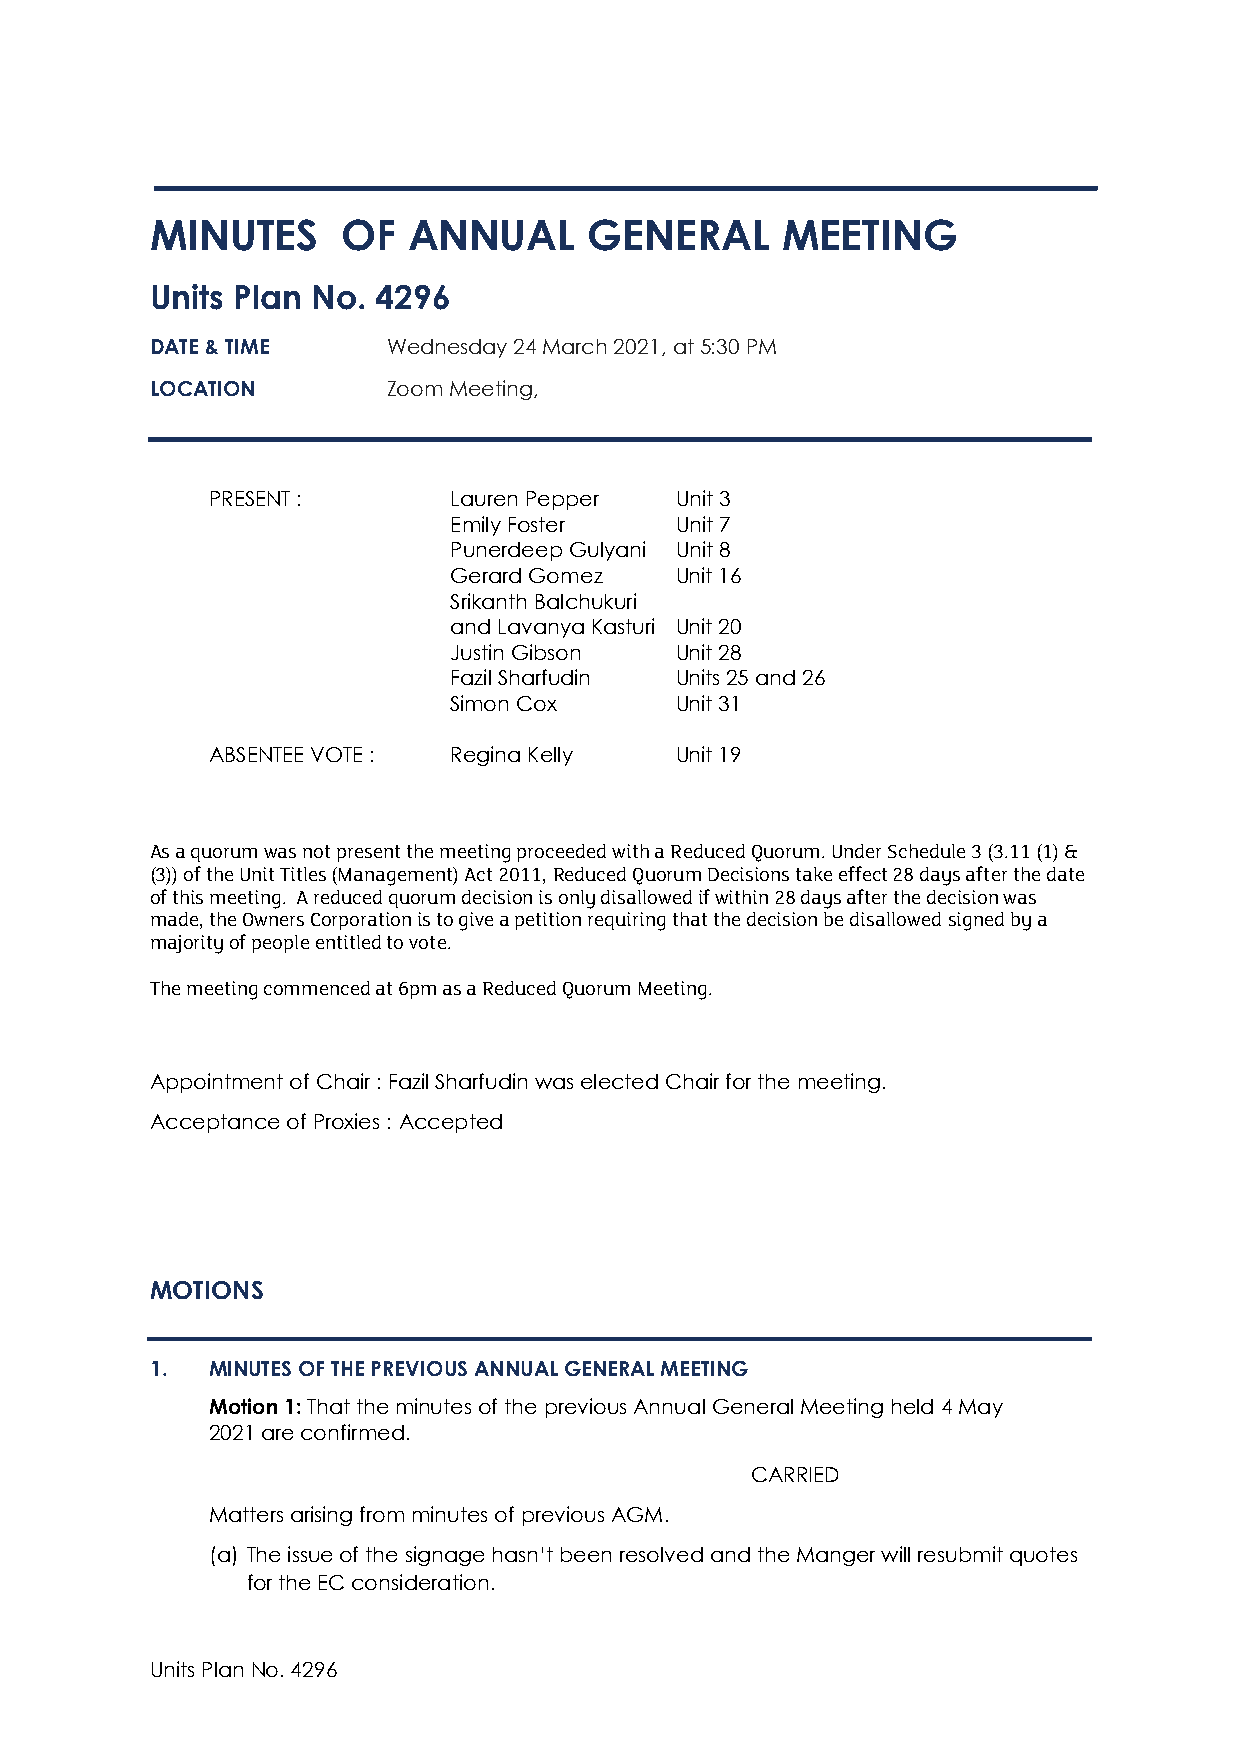
MINUTES      OF  ANNUAL      GENERAL      MEETING
 Units Plan No. 4296
 DATE & TIME     Wednesday 24 March 2021, at 5:30 PM
 LOCATION        Zoom Meeting,
 PRESENT :       Lauren Pepper  Unit 3
 Emily Foster   Unit 7
 Punerdeep Gulyani Unit 8
 Gerard Gomez   Unit 16
 Srikanth Balchukuri
 and Lavanya Kasturi Unit 20
 Justin Gibson  Unit 28
 Fazil Sharfudin Units 25 and 26
 Simon Cox      Unit 31
 ABSENTEE VOTE : Regina Kelly   Unit 19
 As a quorum was not present the meeting proceeded with a Reduced Quorum. Under Schedule 3 (3.11 (1) &
 (3)) of the Unit Titles (Management) Act 2011, Reduced Quorum Decisions take effect 28 days after the date
 of this meeting. A reduced quorum decision is only disallowed if within 28 days after the decision was
 made, the Owners Corporation is to give a petition requiring that the decision be disallowed signed by a
 majority of people entitled to vote.
 The meeting commenced at 6pm as a Reduced Quorum Meeting.
 Appointment of Chair : Fazil Sharfudin was elected Chair for the meeting.
 Acceptance of Proxies : Accepted
 MOTIONS
 1.  MINUTES OF THE PREVIOUS ANNUAL GENERAL MEETING
 Motion 1: That the minutes of the previous Annual General Meeting held 4 May
 2021 are confirmed.
 CARRIED
 Matters arising from minutes of previous AGM.
 (a) The issue of the signage hasn’t been resolved and the Manger will resubmit quotes
 for the EC consideration.
 Units Plan No. 4296